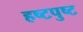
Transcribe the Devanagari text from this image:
हष्टपुष्ट